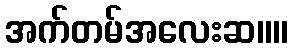
အက်တမ်အလေးဆ။။